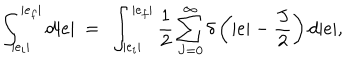
LaTeX: \int _ { | e _ { i } | } ^ { | e _ { f } | } d | e | ~ = ~ \int _ { | e _ { i } | } ^ { | e _ { f } | } \frac { 1 } { 2 } \sum _ { J = 0 } ^ { \infty } \delta \left( | e | - \frac { J } { 2 } \right) d | e | ,